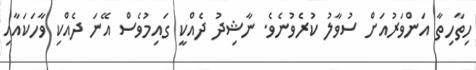
ހިތާހިތާ އަންވަރުއަށް ސުވާލު ކުރެވުނެވެ. ނާޝިދު ދެއްކީ ގައިމުވެސް އޭނަ ދެއްކި ވާހަކައާއި